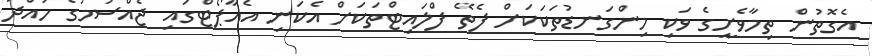
އެގޮތުން ތިމާވެށީގެ ވަކި މިންގަނޑުތަކަކަށް ފެތޭ ފްލައިޓްތަކަށް އެކަނި އެއާޕޯޓްގައި ޖެއްސުމުގެ ހުއްދަ